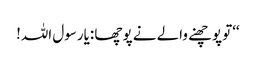
‘‘تو پوچھنے والے نے پوچھا :یارسول اللہ!